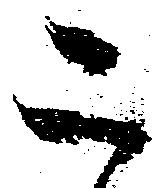
二